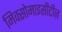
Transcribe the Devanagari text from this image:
मिक्सोमाइसीटीज़